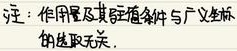
注：作用及其适宜条件与广义坐标的选取无关。